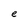
Character: e